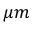
\mu m